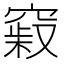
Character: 𥧞